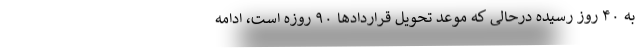
به ۴۰ روز رسیده درحالی که موعد تحویل قراردادها ۹۰ روزه است، ادامه